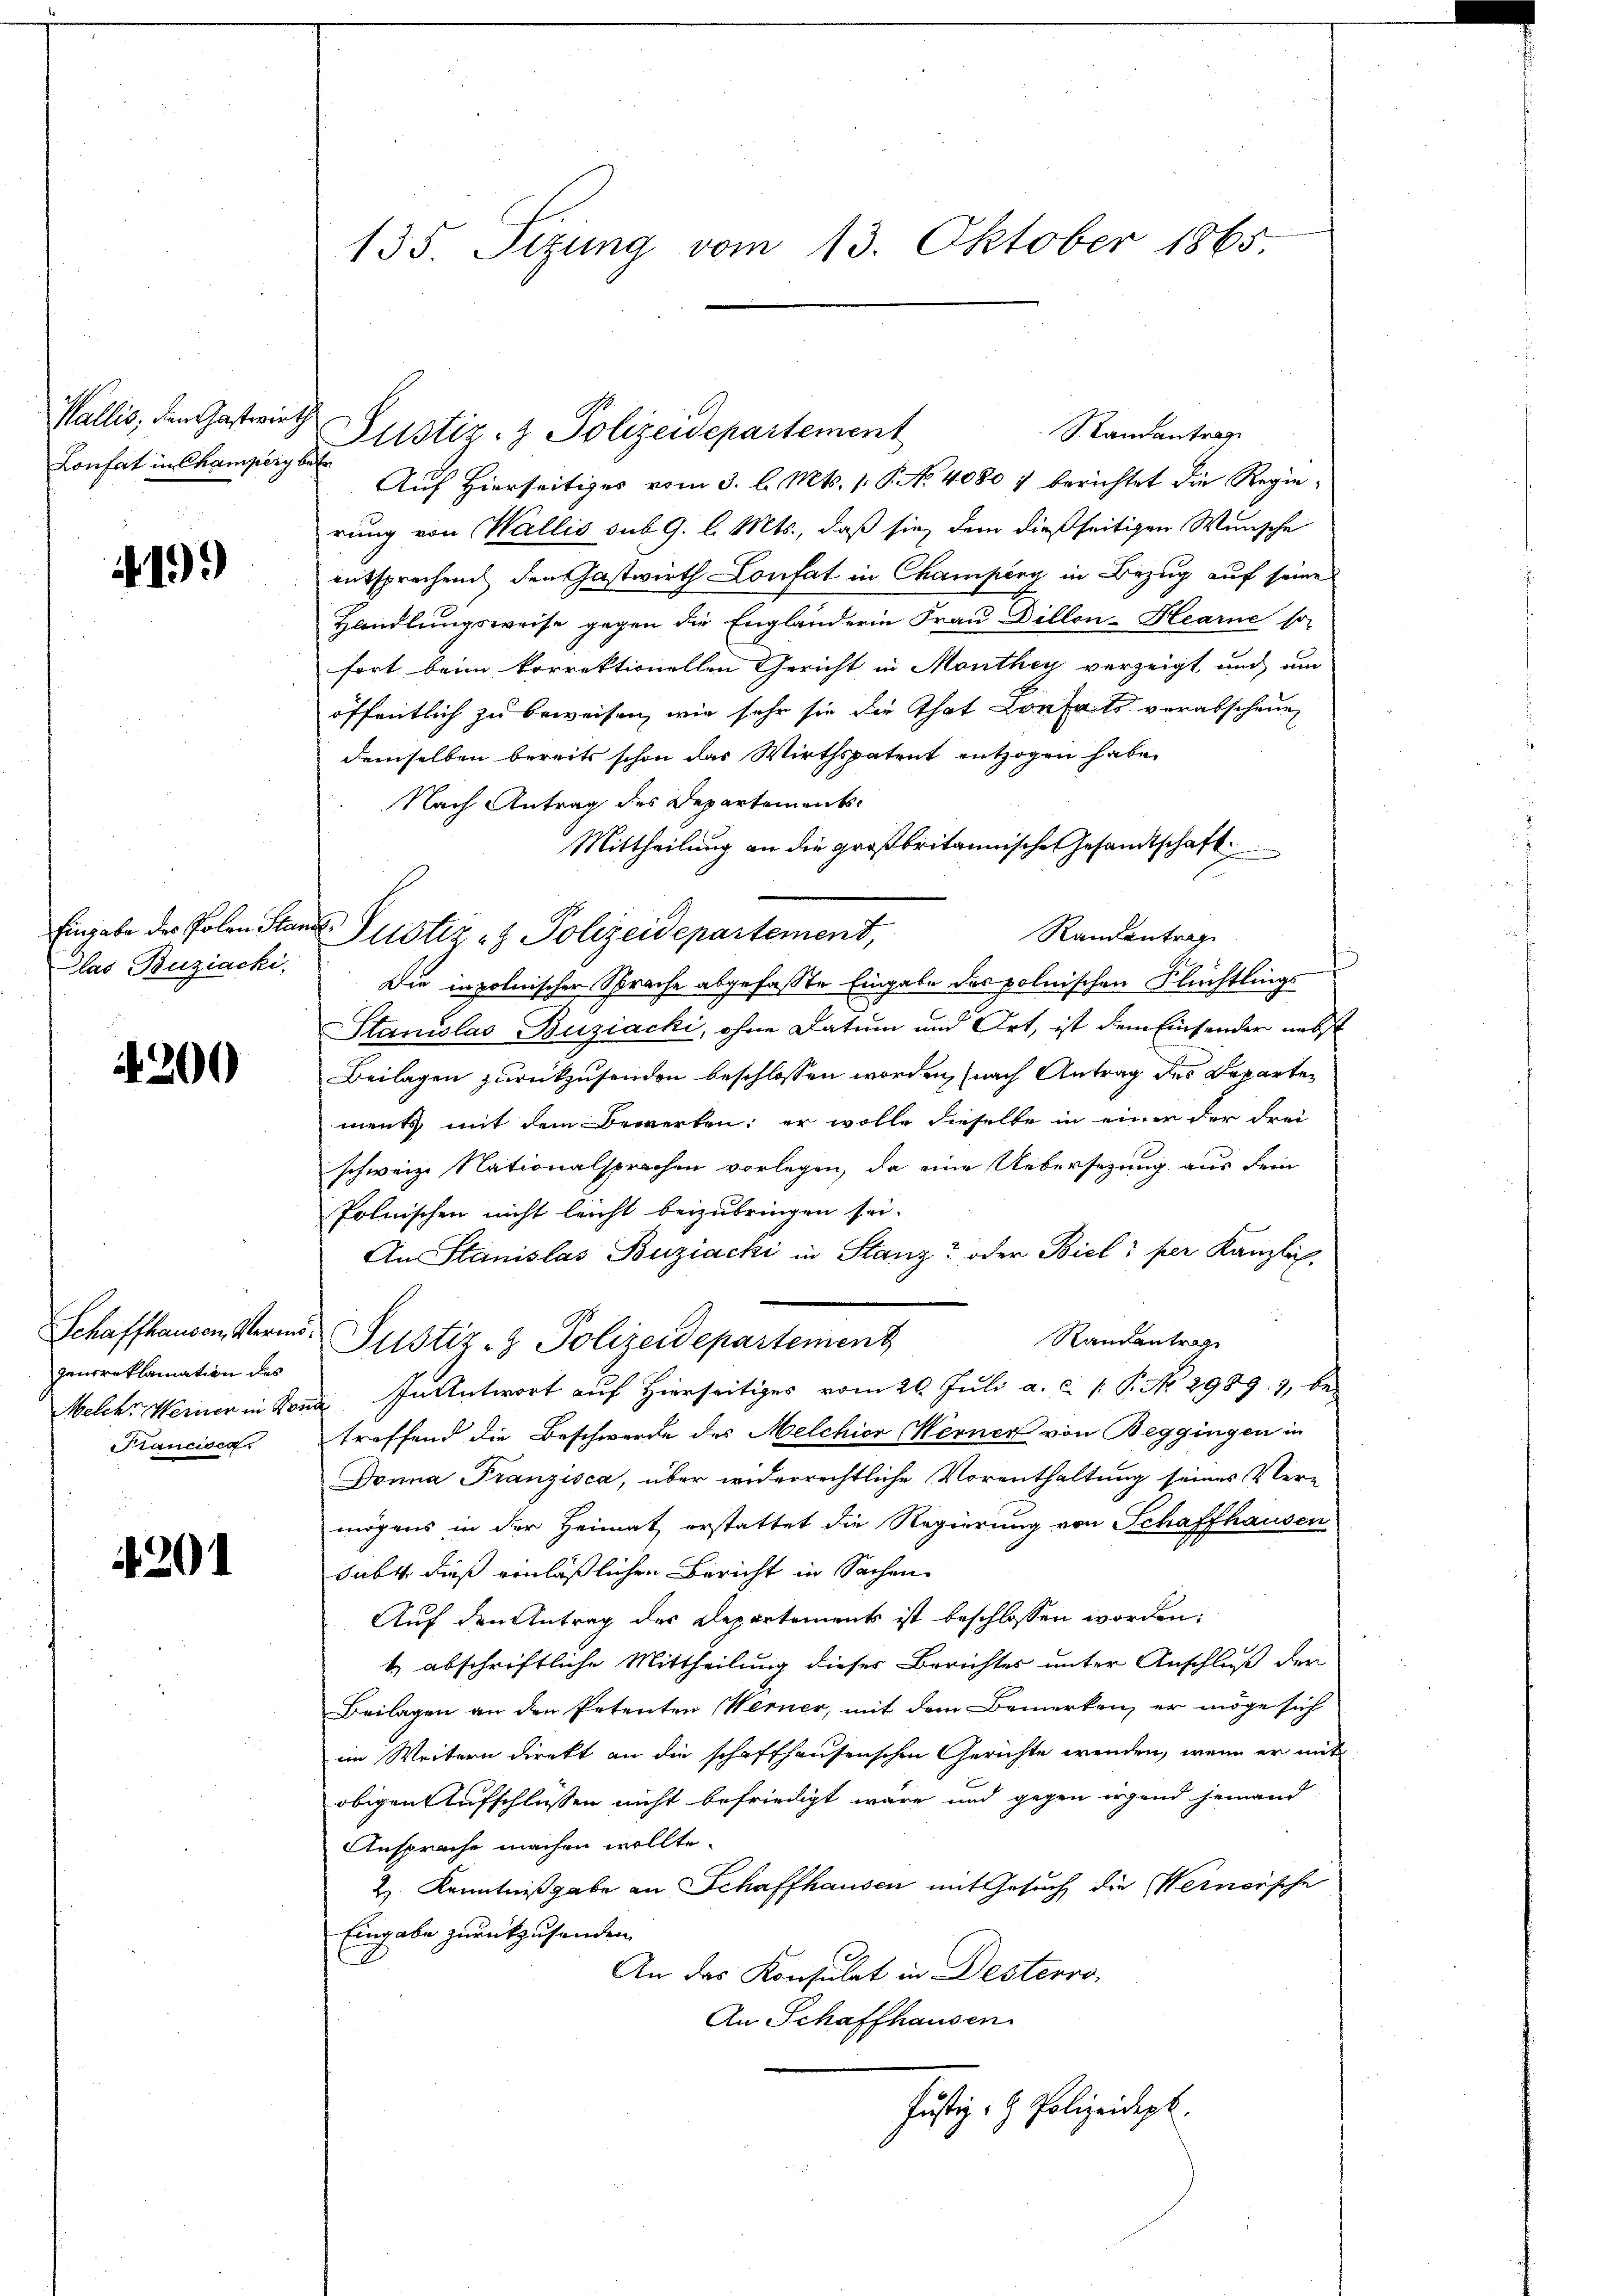
Wallis, den Gastwirth
Lonfert in Champerg betr

4199

Glas Buziachi.

4200

Randantrag
Auf Hierseitiges vom 3. l. Mts. 1. P. No. 40807 berichtet die Regierung von Wallis sub. 9. l. Mts., daß sie, dem dießseitigen Wunsche
entsprechen den Gastwirth Confat in Champeny in Bezug auf seine
Handlungsweise gegen die Engländerin Frau Dillon-Hearne so
fort beim korrektionellen Gericht in Monthey verzeigt, und um
öffentlich zu beweisen, wie sehr sie die That Conseits verabschauen
demselben bereits schon das Wirthspatent entzogen habe.
Nach Antrag des Departements-
Mittheilung an die großbritannische Gesandtschaft
Eingabe des Polen Stand Justiz- & Polizeidepartement,
Randentrag
Die in polnischer Sprache abgefaßte Eingabe des polnischen Flüchtlings
Stanislas Buziacki, ohne Datum und Ort, ist dem Einsender nebst
Beilagen zurückzusenden beschlossen worden, (nach Antrag des Departen
ments mit dem Bewerken; er wolle dieselbe in einer der Frei
schweize Nationalsprachen vorlegen, da eine Uebersezung aus dem
Polnischen nicht leicht beizubringen sei.
An Stanislas Buziacki in Stanz oder Biel, per Kanzlich,
Schaffhausen Vermis Justiz- & Polizeidepartement
Standantrage
Welche Meiner in Kond. In Antwort auf Hierseitiges vom 26. Juli a. c. 1. P. No 2989. 7, be-
Francisca treffend die Beschwerde des Melchior Werner von Beggingen in
Donna Franzisca, über widerrechtliche Vorenthaltung seines Ver-
mögens in der Heimat erstattet die Regierung von Schaffhausen
Subt dieß einläßlichen Bericht in Sachen
Auf den Antrag des Departements ist beschlossen worden;
t) abschriftliche Mittheilung dieses Berichtes unter Anschluß der
Beilagen an den Petenten Werner, mit dem Bemerken, er möge sich
ein Weitern direkt an die schaffhausenschen Gerichte wenden, wenn er mit
obigen Aufschlüssen nicht befriedigt wäre und gegen irgend jemand
Ansprache machen wollte.
2) Kenntnißgabe an Schaffhausen mit Gesuch die Wernersche
Eingabe zurückzusenden
An das Konsulat in Desterro
An Schaffhausen.
Justiz- & Polizeidigt.

genreklamation des

201

135. Sizung vom 13. Oktober 1865.

Justiz- & Polizeidepartement